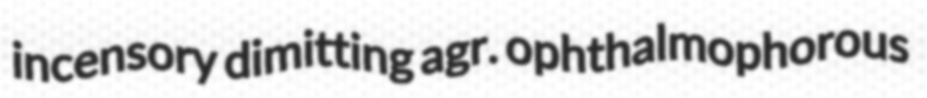
incensory dimitting agr. ophthalmophorous